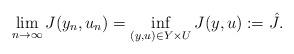
LaTeX: \begin{align*} \lim_{n\rightarrow \infty} J(y_n,u_n)=\inf_{(y,u)\in Y\times U} J(y,u):=\hat{J}.\end{align*}